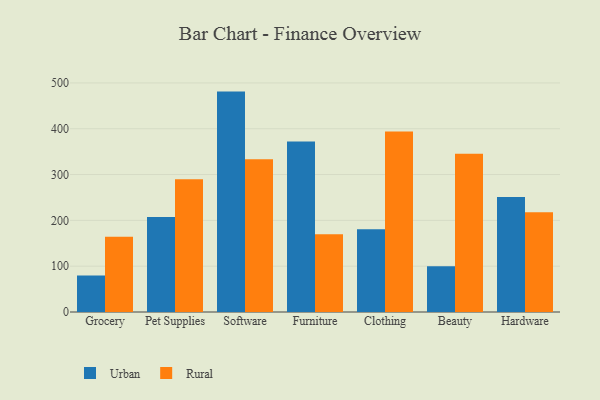
{"axis": {"x": "Category", "y": "Shipments"}, "legend": ["Rural", "Urban"], "data": [{"x": "Grocery", "y": 79.5, "type": "Urban"}, {"x": "Grocery", "y": 164.5, "type": "Rural"}, {"x": "Pet Supplies", "y": 207.6, "type": "Urban"}, {"x": "Pet Supplies", "y": 289.9, "type": "Rural"}, {"x": "Software", "y": 481.1, "type": "Urban"}, {"x": "Software", "y": 333.4, "type": "Rural"}, {"x": "Furniture", "y": 372.4, "type": "Urban"}, {"x": "Furniture", "y": 169.9, "type": "Rural"}, {"x": "Clothing", "y": 180.7, "type": "Urban"}, {"x": "Clothing", "y": 394.0, "type": "Rural"}, {"x": "Beauty", "y": 100.1, "type": "Urban"}, {"x": "Beauty", "y": 345.7, "type": "Rural"}, {"x": "Hardware", "y": 251.0, "type": "Urban"}, {"x": "Hardware", "y": 217.8, "type": "Rural"}]}